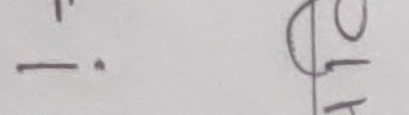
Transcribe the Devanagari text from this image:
१.